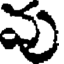
వు